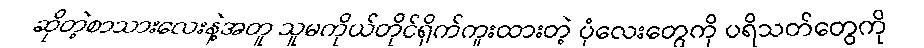
ဆိုတဲ့စာသားလေးနဲ့အတူ သူမကိုယ်တိုင်ရိုက်ကူးထားတဲ့ ပုံလေးတွေကို ပရိသတ်တွေကို